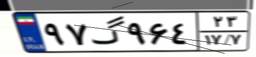
۹۷گ۹۶۴۲۳